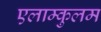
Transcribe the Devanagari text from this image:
एलाम्कुलम